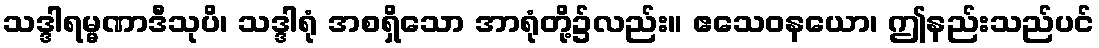
သဒ္ဒါရမ္မဏာဒီသုပိ၊ သဒ္ဒါရုံ အစရှိသော အာရုံတို့၌လည်း။ ဧသေဝနယော၊ ဤနည်းသည်ပင်